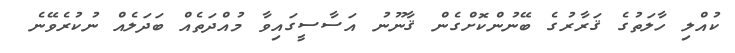
ކުއްލި ހާލަތުގެ ޤަރާރުގެ ބޭނުންކޮށްގެން ޤާނޫނު އަސާސީގައިވާ މުއްދަތެއް ބަދަލެއް ނުކުރެވޭނެ